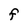
Character: F